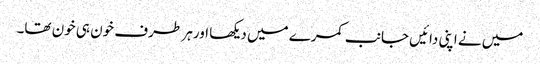
میں نے اپنی دائیں جانب کمرے میں دیکھا اور ہر طرف خون ہی خون تھا۔